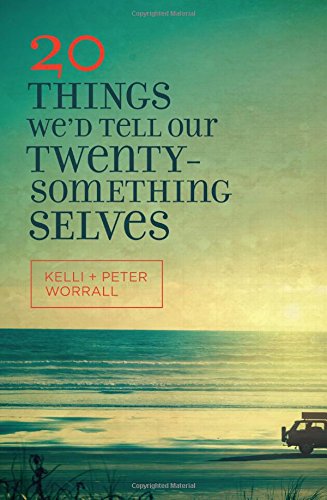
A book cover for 20 Things We'd Tell Our Twentysomething Selves; Kelli Worrall; Self-Help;